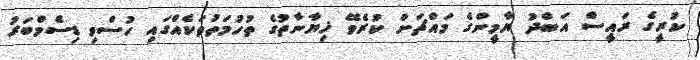
ކުރީގެ ރައީސް އަބްދު ޔާމީންގެ މައްޗަށް ކުރެވޭ ޚިޔާނާތުގެ ތުހުމަތުތަކެއްގައި ހުސްވި ޑިސެމްބަރު